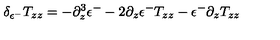
\delta _ { \epsilon ^ { - } } T _ { z z } = - \partial _ { z } ^ { 3 } \epsilon ^ { - } - 2 \partial _ { z } \epsilon ^ { - } T _ { z z } - \epsilon ^ { - } \partial _ { z } T _ { z z }